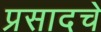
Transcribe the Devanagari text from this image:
प्रसादचे